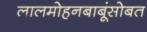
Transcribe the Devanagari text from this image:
लालमोहनबाबूंसोबत